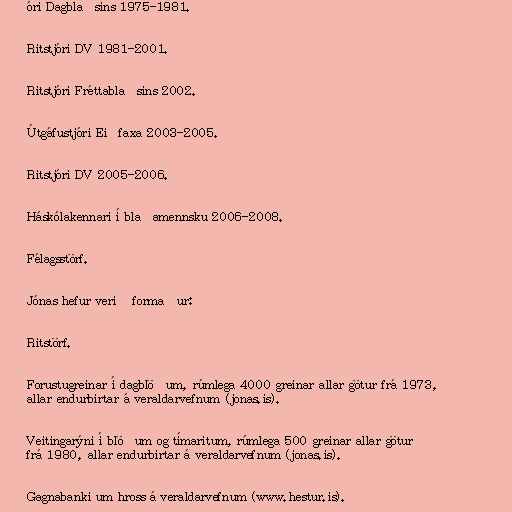
óri Dagblaðsins 1975-1981.

Ritstjóri DV 1981-2001.

Ritstjóri Fréttablaðsins 2002.

Útgáfustjóri Eiðfaxa 2003-2005.

Ritstjóri DV 2005-2006.

Háskólakennari í blaðamennsku 2006-2008.

Félagsstörf.

Jónas hefur verið formaður:

Ritstörf.

Forustugreinar í dagblöðum, rúmlega 4000 greinar allar götur frá 1973,
allar endurbirtar á veraldarvefnum (jonas.is).

Veitingarýni í blöðum og tímaritum, rúmlega 500 greinar allar götur
frá 1980, allar endurbirtar á veraldarvefnum (jonas.is).

Gagnabanki um hross á veraldarvefnum (www.hestur.is).